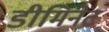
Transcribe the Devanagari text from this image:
डीमिनेट